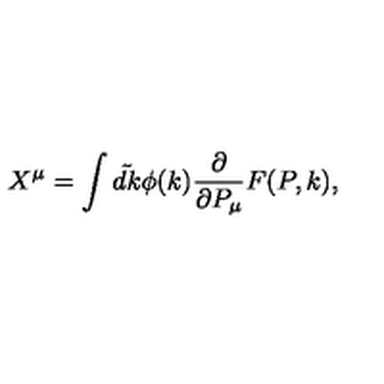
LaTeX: X ^ { \mu } = \int \tilde { d k } \phi ( k ) { \frac { \partial } { { \partial P _ { \mu } } } } F ( P , k ) ,